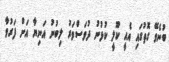
ބުނެވޭ ގޮތުގައި އެއީ ކޫލީ ކުޅުނު ދުވަސްވަރު ލިބުނު އަނިޔާ އަށް ފަރުވާ